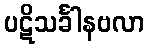
ပဋိသင်္ခါနဗလာ